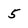
Character: 5